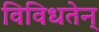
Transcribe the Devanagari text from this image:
विविधतेन्